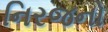
નિરજનો